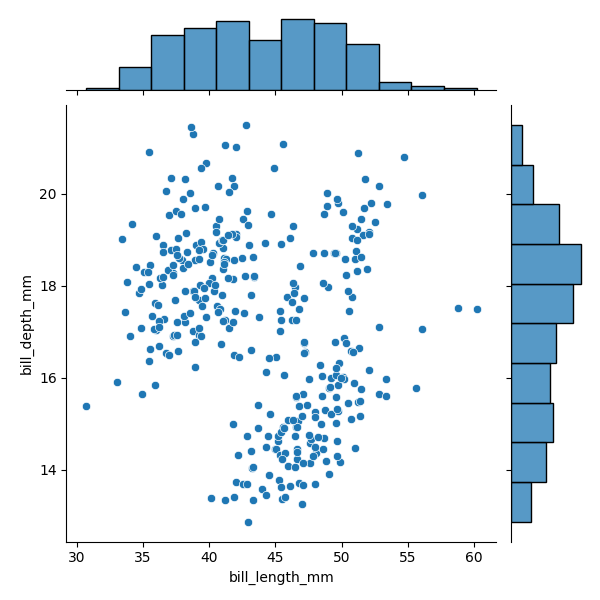
python, seaborn, JointGrid, scatterplot, histplot